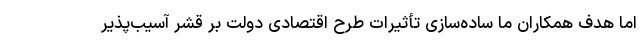
اما هدف همکاران ما ساده‌سازی تأثیرات طرح اقتصادی دولت بر قشر آسیب‌پذیر